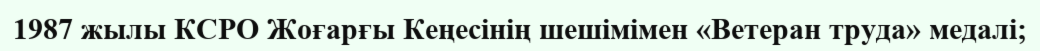
1987 жылы КСРО Жоғарғы Кеңесінің шешімімен «Ветеран труда» медалі;